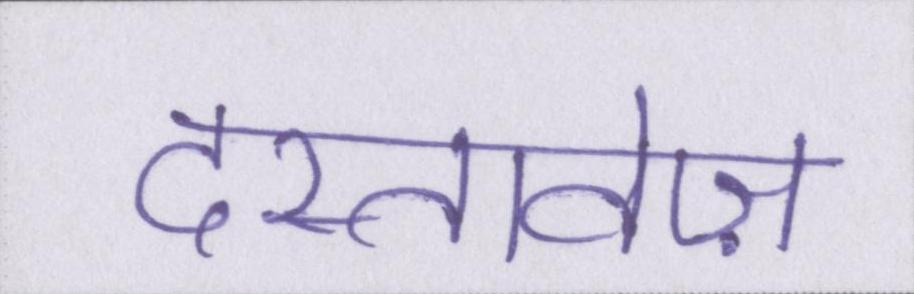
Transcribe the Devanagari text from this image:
दस्तावेज़